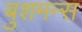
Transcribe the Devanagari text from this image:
बुशमन्स